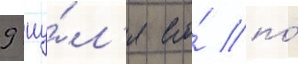
9 иу́л'я его́ по́